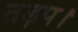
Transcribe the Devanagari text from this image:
तड़प।